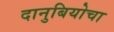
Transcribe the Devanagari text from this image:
दानुबियोचा